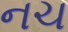
નચ